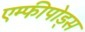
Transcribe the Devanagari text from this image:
एम्फीपोड्स